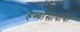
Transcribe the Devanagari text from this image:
हव्यासापायी